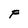
Character: F